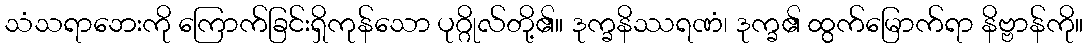
သံသရာဘေးကို ကြောက်ခြင်းရှိကုန်သော ပုဂ္ဂိုလ်တို့၏။ ဒုက္ခနိဿရဏံ၊ ဒုက္ခ၏ ထွက်မြောက်ရာ နိဗ္ဗာန်ကို။